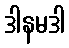
ဒါနမဒါ